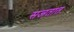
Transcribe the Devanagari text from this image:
सजतात